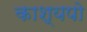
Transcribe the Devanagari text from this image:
काश्यपो